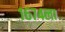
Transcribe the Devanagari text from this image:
१६७४ला